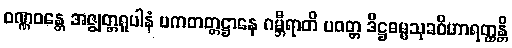
ဝဏ္ဏဝန္တေ အဇ္ဈတ္တရူပါနံ ပကတတ္တဋ္ဌာနေ ဂမ္ဘီရာတိ ပဝတ္တ ဒိဋ္ဌဓမ္မသုခဝိဟာရတ္ထန္တိ